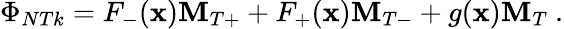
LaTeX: \Phi_{NTk}=F_{-}(\mathbf{x}){\mathbf{M}}_{T+}+F_{+}(\mathbf{x}){\mathbf{M}}_{T-}+g(\mathbf{x}){\mathbf{M}}_{T}\ .